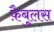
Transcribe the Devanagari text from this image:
फ़ैबुलस